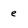
Character: e